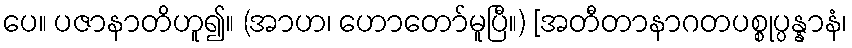
ပေ။ ပဇာနာတိဟူ၍။ (အာဟ၊ ဟောတော်မူပြီ။) [အတီတာနာဂတပစ္စုပ္ပန္နာနံ၊